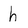
Character: h